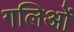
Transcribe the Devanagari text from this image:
गलिओं